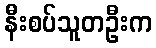
နီးစပ်သူတဦးက